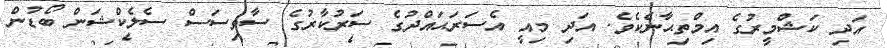
އަދި ކަޝްމީރުގެ އިމްތިޙާނެކެވެ. އަދި މިއީ އެސަރަޙައްދުގެ ސަރުކާރުގެ ސާވިސަސް ސެލެކްޝަން ބޯޑުން